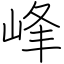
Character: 峰